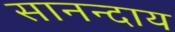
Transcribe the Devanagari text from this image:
सानन्दाय